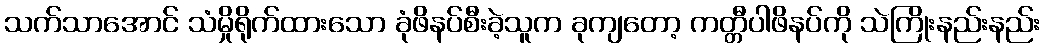
သက်သာအောင် သံမှိုရိုက်ထားသော ခုံဖိနပ်စီးခဲ့သူက ခုကျတော့ ကတ္တီပါဖိနပ်ကို သဲကြိုးနည်းနည်း